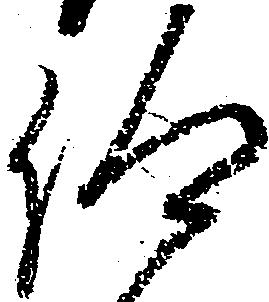
仰